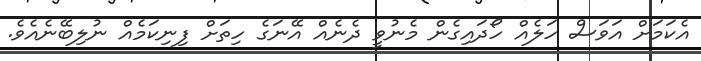
އެކަމަށް އަވަސް ހަލެއް ހޯދައިގެން މެނުވީ ދެނެއް އޭނަގެ ހިތަށް ފިނިކަމެއް ނުލިބޭނެއެވެ.